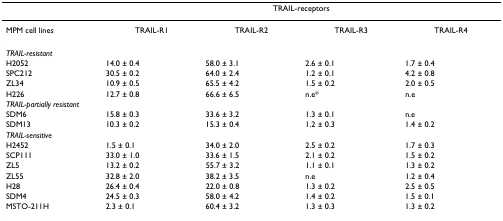
<table><thead><tr><td></td><td colspan="4"><b>TRAIL-receptors</b></td></tr></thead><tbody><tr><td>MPM cell lines</td><td>TRAIL-R1</td><td>TRAIL-R2</td><td>TRAIL-R3</td><td>TRAIL-R4</td></tr><tr><td><i>TRAIL-resistant</i></td><td></td><td></td><td></td><td></td></tr><tr><td>H2052</td><td>14.0 ± 0.4</td><td>58.0 ± 3.1</td><td>2.6 ± 0.1</td><td>1.7 ± 0.4</td></tr><tr><td>SPC212</td><td>30.5 ± 0.2</td><td>64.0 ± 2.4</td><td>1.2 ± 0.1</td><td>4.2 ± 0.8</td></tr><tr><td>ZL34</td><td>10.9 ± 0.5</td><td>65.5 ± 4.2</td><td>1.5 ± 0.2</td><td>2.0 ± 0.5</td></tr><tr><td>H226</td><td>12.7 ± 0.8</td><td>66.6 ± 6.5</td><td>n.e*</td><td>n.e</td></tr><tr><td><i>TRAIL-partially resistant</i></td><td></td><td></td><td></td><td></td></tr><tr><td>SDM6</td><td>15.8 ± 0.3</td><td>33.6 ± 3.2</td><td>1.3 ± 0.1</td><td>n.e</td></tr><tr><td>SDM13</td><td>10.3 ± 0.2</td><td>15.3 ± 0.4</td><td>1.2 ± 0.3</td><td>1.4 ± 0.2</td></tr><tr><td><i>TRAIL-sensitive</i></td><td></td><td></td><td></td><td></td></tr><tr><td>H2452</td><td>1.5 ± 0.1</td><td>34.0 ± 2.0</td><td>2.5 ± 0.2</td><td>1.7 ± 0.3</td></tr><tr><td>SCP111</td><td>33.0 ± 1.0</td><td>33.6 ± 1.5</td><td>2.1 ± 0.2</td><td>1.5 ± 0.2</td></tr><tr><td>ZL5</td><td>13.2 ± 0.2</td><td>55.7 ± 3.2</td><td>1.1 ± 0.1</td><td>1.3 ± 0.2</td></tr><tr><td>ZL55</td><td>32.8 ± 2.0</td><td>38.2 ± 3.5</td><td>n.e</td><td>1.2 ± 0.4</td></tr><tr><td>H28</td><td>26.4 ± 0.4</td><td>22.0 ± 0.8</td><td>1.3 ± 0.2</td><td>2.5 ± 0.5</td></tr><tr><td>SDM4</td><td>24.5 ± 0.3</td><td>58.0 ± 4.2</td><td>1.4 ± 0.2</td><td>1.5 ± 0.1</td></tr><tr><td>MSTO-211H</td><td>2.3 ± 0.1</td><td>60.4 ± 3.2</td><td>1.3 ± 0.3</td><td>1.3 ± 0.2</td></tr></tbody></table>